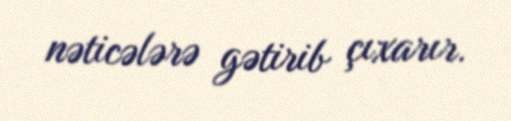
nəticələrə gətirib çıxarır.